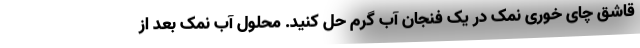
قاشق چای خوری نمک در یک فنجان آب گرم حل کنید. محلول آب نمک بعد از